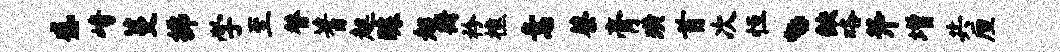
盛崎蔓拂学至替蓍趄醵超衡衿樵意蔡膏璜首次恒丶缺咯斧增共厘